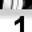
Digit: 1